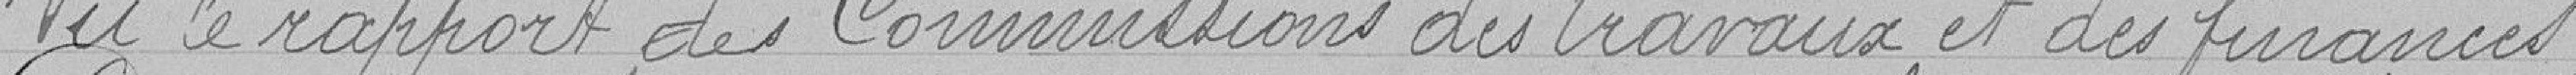
Vu le rapport des Commissions des travaux et des finances